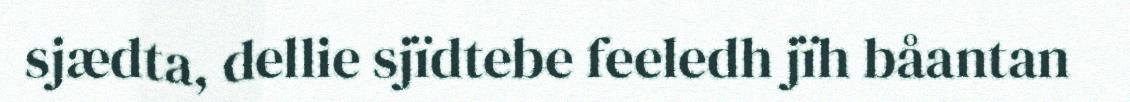
sjædta, dellie sjïdtebe feeledh jïh båantan